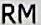
RM